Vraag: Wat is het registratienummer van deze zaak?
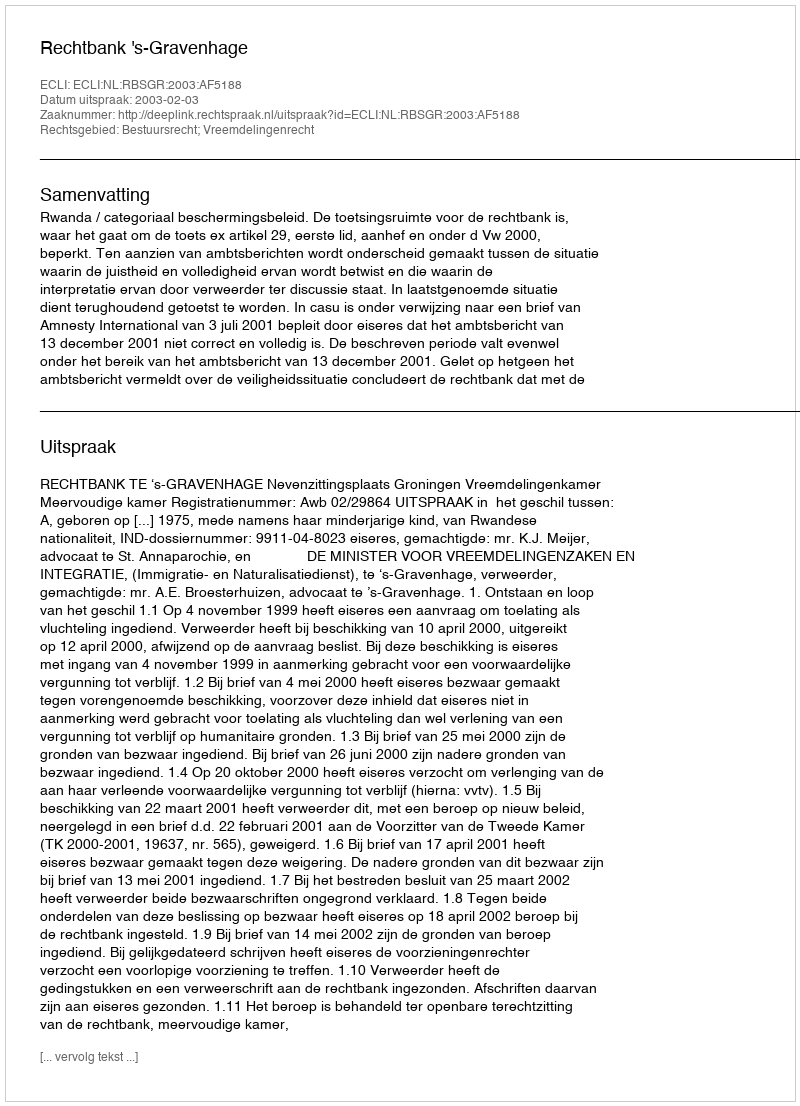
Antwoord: http://deeplink.rechtspraak.nl/uitspraak?id=ECLI:NL:RBSGR:2003:AF5188